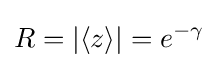
R=|\langle z\rangle |=e^{-\gamma }